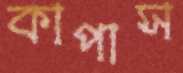
কাপাস